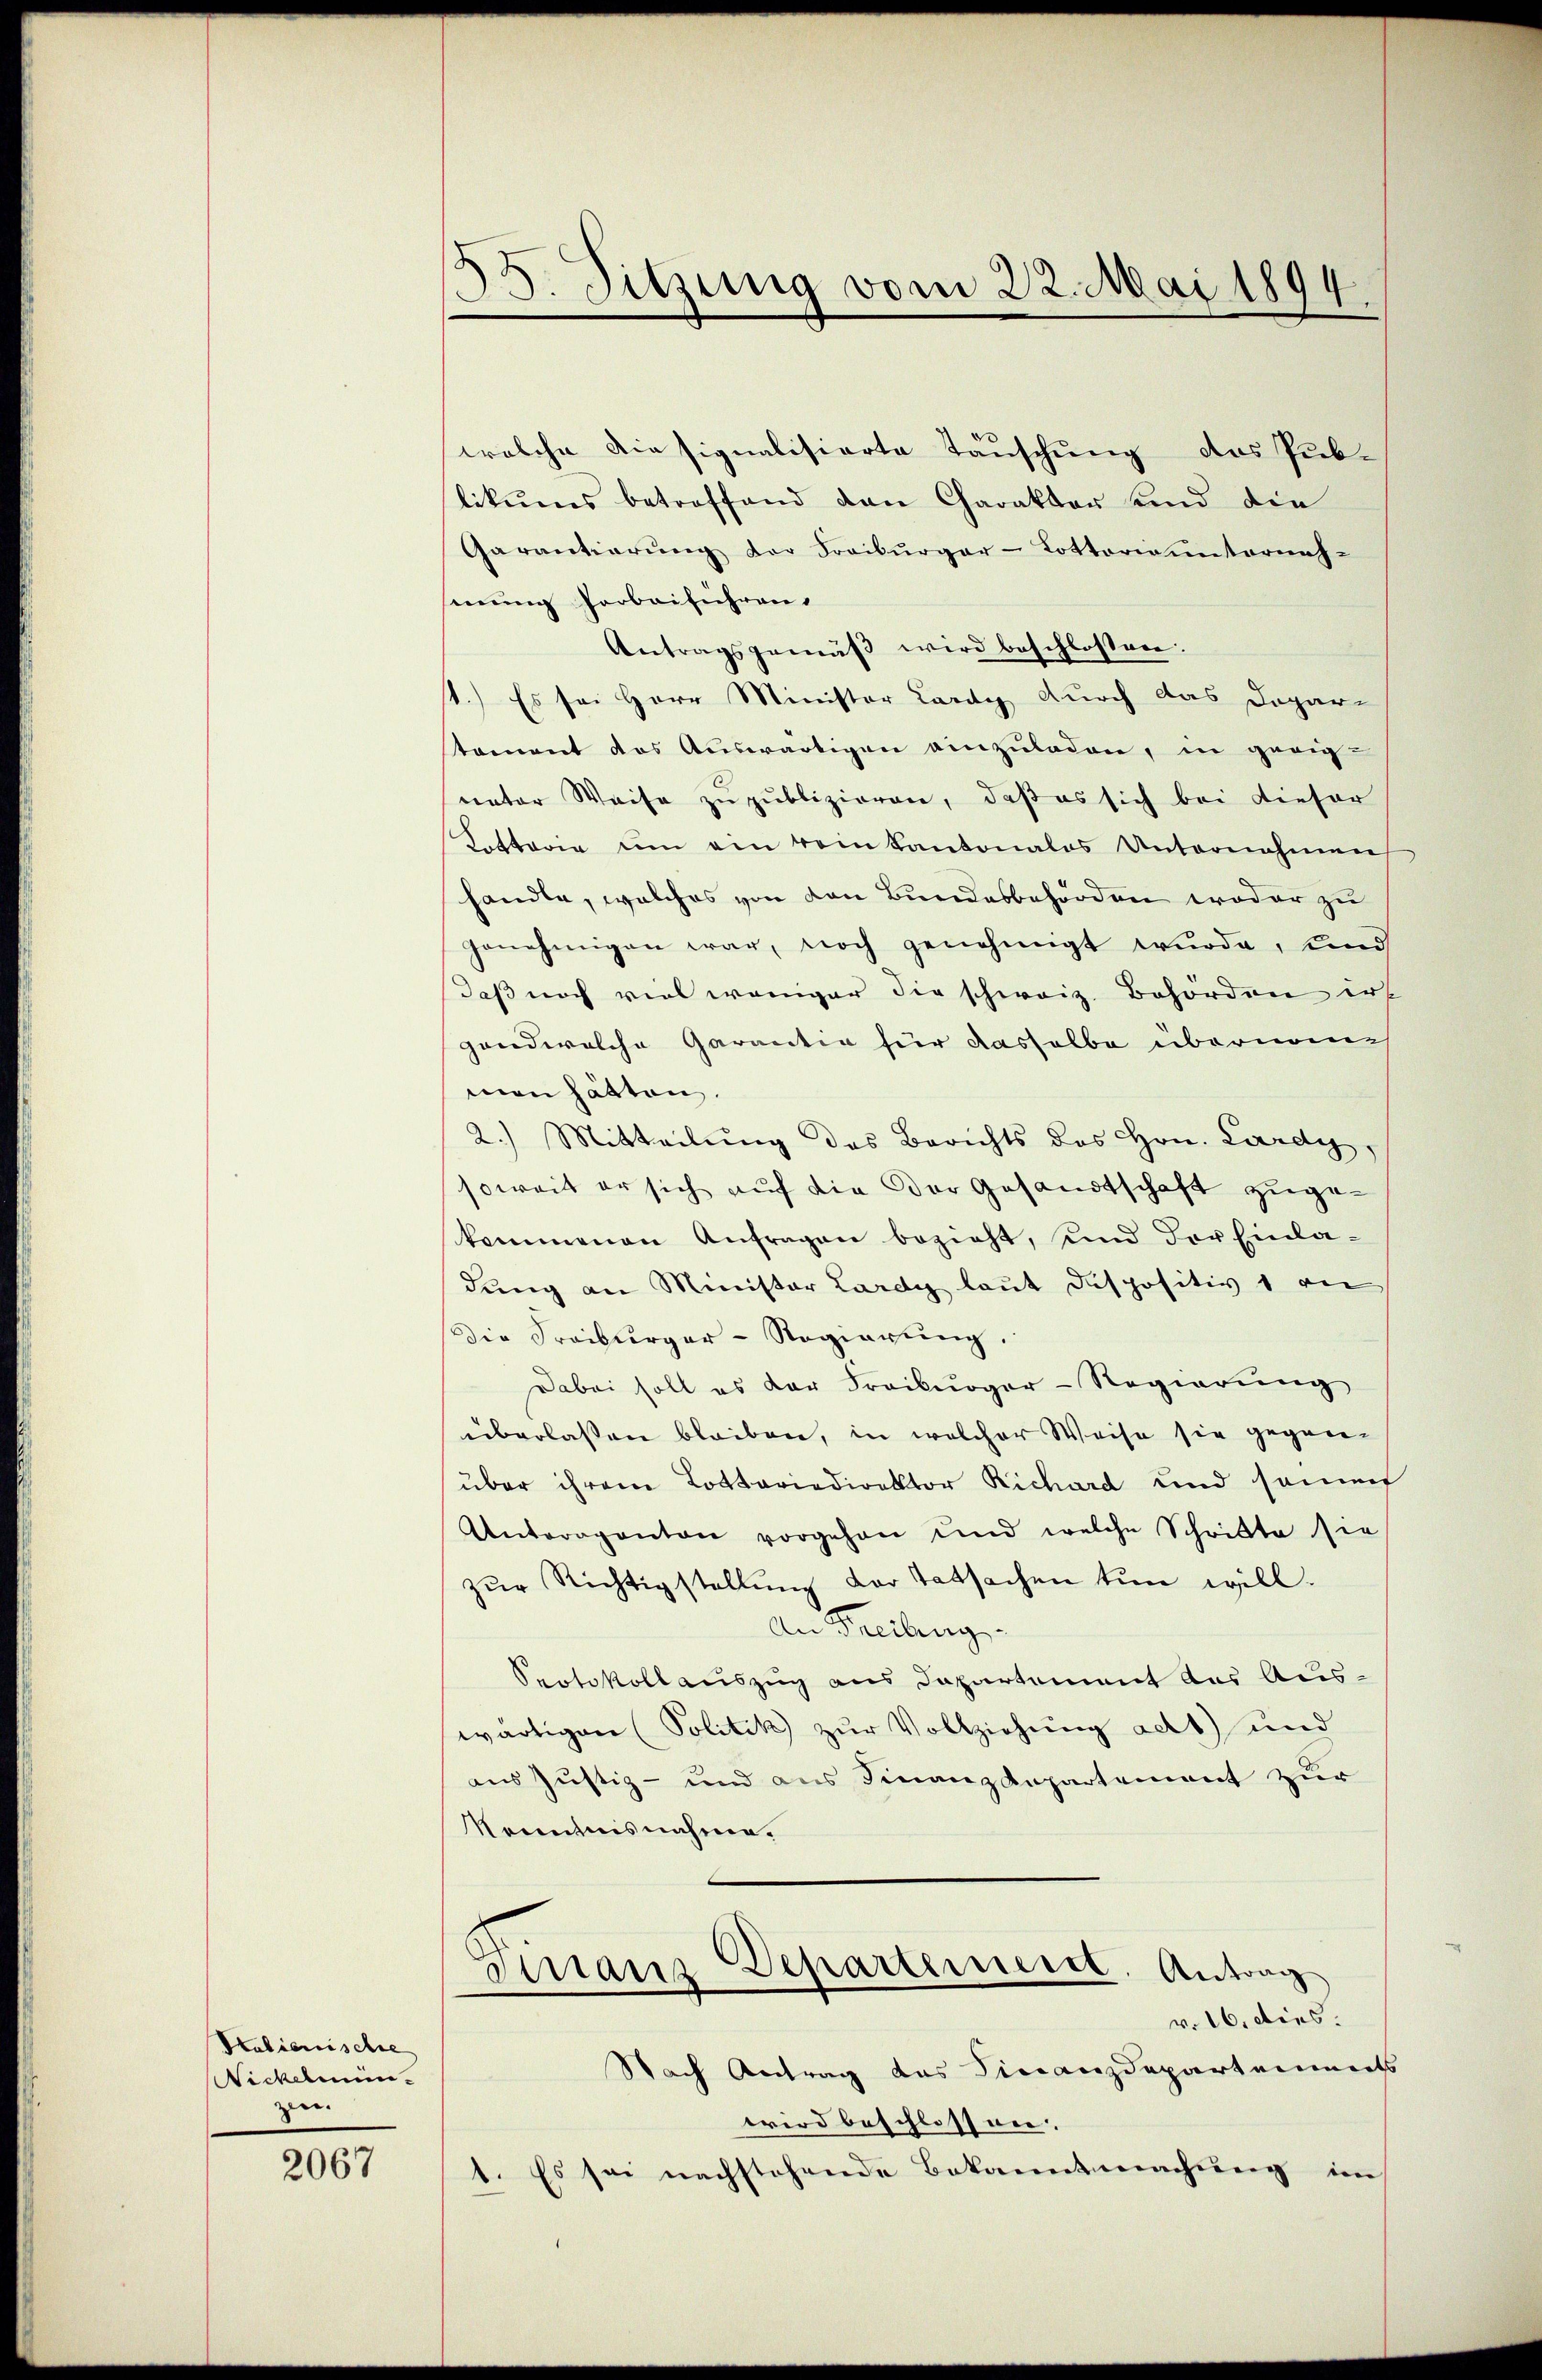
Scalienische
Nickelmün-
zen.

2067

58. Sitzung vom 22. Mai 1894.

welche Diesignalisierte Täuschung das Pub-
likums betreffend den Charakter sind die
Garantierŭng der Freiburger-Lotterie unternah-
senung Vorbeiführen.
Antragsgemäβ wird beschlossen:
t.) Es sei Herr Minister Lardy durch das Dopar-
stament das Aŭswärtigen einzŭladen, in gerig
nator Weise zu publizieren, daß es sich bei dieser
Kottarie um ein rein kantonales Unternehmen
handle, welches von den Bundesbehörden weder zu
genehmigen war, noch genehmigt wurde, und
Daß noch viel weniger die schweiz. Behörden ers
gand welche Garantia für dasselbe übernom
men hätten.
2.) Mitteilŭng des Berichts des Hrn. Lardy,
soweit er sich auf die Der Gesandtschaft zugekommenen Anfragen bezieht, und der Einla-
dung an Minister Lardy laut dispositiv 1 an
die Freiburger-Regierŭng.
Dabei soll es der Freiburger-Regierung
überlassen bleiben, in welcher Weise sie gegen-
über ihrem Lottariadirektor Richard und samen
Unteraganton vorgehen und welche Schritte sie
zŭr Richtigstellung der Tatsachen tun will.
An Freibung
Seotokoll auszug aus Dapartement des Auswärtigen (Politik zur Vollziehung adt) und
aus Justiz- und aus Finanzdepartement zur
Nenntnisnahme.
Departeierte. Antrag
Finanz
v. 16. dies.
Nach Antrag das Finanzdepartements
wird beschlossen.
1. Es sei nachstehende Bekanntmachŭng im